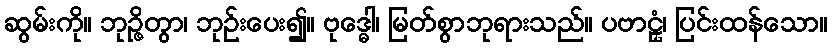
ဆွမ်းကို။ ဘုဉ္ဇိတွာ၊ ဘုဉ်းပေး၍။ ဗုဒ္ဓေါ၊ မြတ်စွာဘုရားသည်။ ပဗာဠှံ၊ ပြင်းထန်သော။